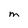
Character: M